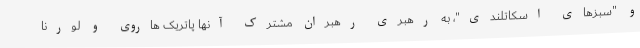
و "سبزهای اسکاتلندی"، به رهبری رهبران مشترک آنها پاتریک هاروی و لورنا